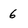
Character: 6